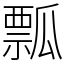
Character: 瓢